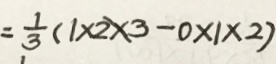
= \frac { 1 } { 3 } ( ( 1 \times 2 \times 3 - 0 \times 1 \times 2 )